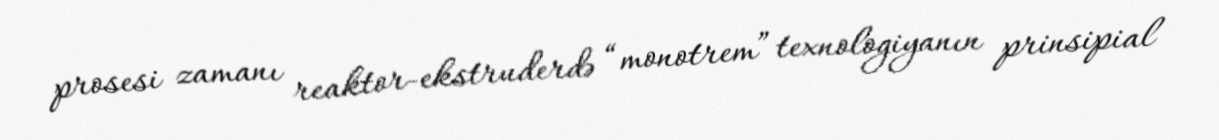
prosesi zamanı reaktor-ekstruderdə “monotrem” texnologiyanın prinsipial